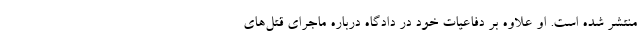
منتشر شده است. او علاوه بر دفاعیات خود در دادگاه درباره ماجرای قتل‌های